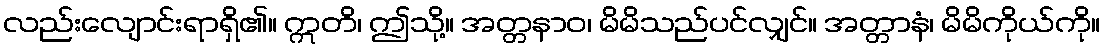
လည်းလျောင်းရာရှိ၏။ ဣတိ၊ ဤသို့။ အတ္တနာဝ၊ မိမိသည်ပင်လျှင်။ အတ္တာနံ၊ မိမိကိုယ်ကို။